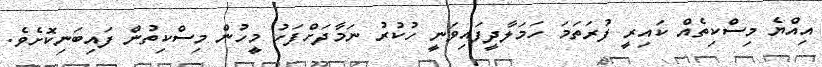
އިއްޔެ މިސްކިތެއް ކައިރީ ފުރަތަމަ ހަމަލާދީފައިވަނީ ހުކުރު ނަމާދަށްފަހު މީހުން މިސްކިތުން ފައިބަނިކޮށެވެ.